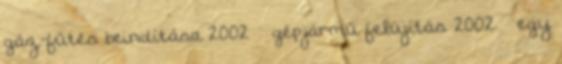
gáz-fűtés beindítása 2002 – gépjármű felújítás 2002 – egy